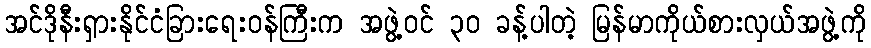
အင်ဒိုနီးရှားနိုင်ငံခြားရေးဝန်ကြီးက အဖွဲ့ဝင် ၃ဝ ခန့်ပါတဲ့ မြန်မာကိုယ်စားလှယ်အဖွဲ့ကို